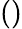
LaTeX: \mathrm{()}